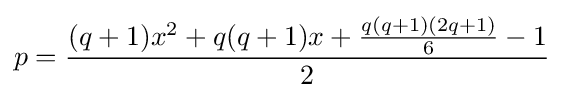
p={\frac {(q+1)x^{2}+q(q+1)x+{\frac {q(q+1)(2q+1)}{6}}-1}{2}}